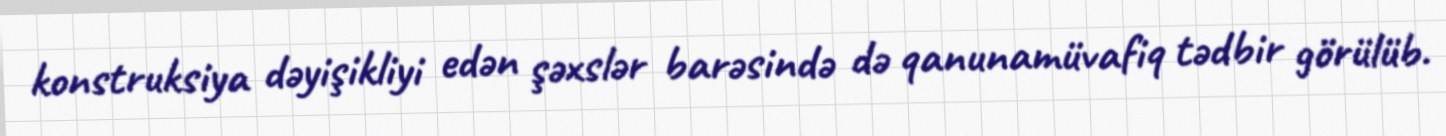
konstruksiya dəyişikliyi edən şəxslər barəsində də qanunamüvafiq tədbir görülüb.